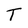
Character: T